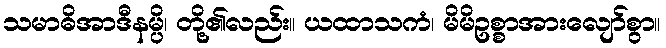
သမာဓိအာဒီနမ္ပိ၊ တို့၏လည်း။ ယထာသကံ၊ မိမိဥစ္စာအားလျော်စွာ။